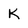
Character: k